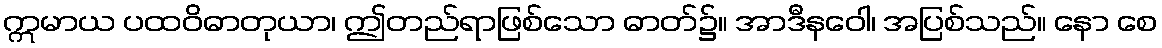
ဣမာယ ပထဝိဓာတုယာ၊ ဤတည်ရာဖြစ်သော ဓာတ်၌။ အာဒီနဝေါ၊ အပြစ်သည်။ နော စေ